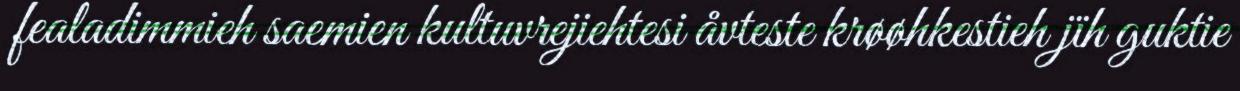
fealadimmieh saemien kultuvrejiehtesi åvteste krøøhkestieh jïh guktie